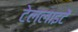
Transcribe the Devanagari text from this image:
टेललाइटें